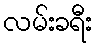
လမ်းခရီး